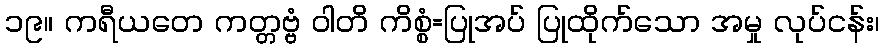
၁၉။ ကရီယတေ ကတ္တဗ္ဗံ ဝါတိ ကိစ္စံ=ပြုအပ် ပြုထိုက်သော အမှု လုပ်ငန်း၊